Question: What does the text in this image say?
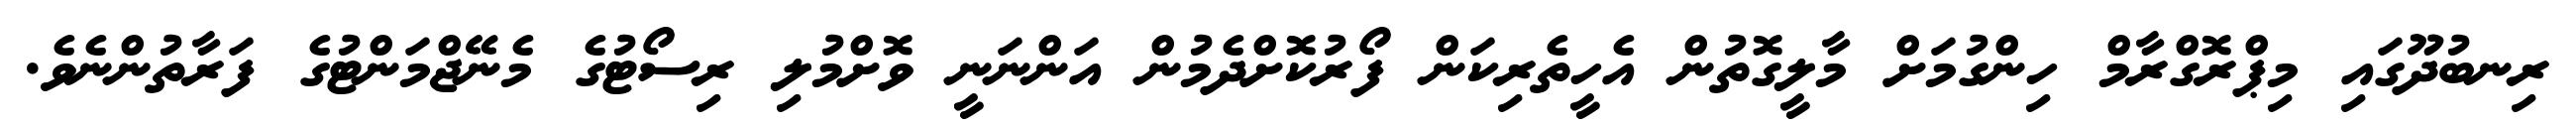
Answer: ރިނބުދޫގައި މިޕްރޮގްރާމް ހިންގުމަށް މާލީގޮތުން އެހީތެރިކަން ފޯރުކޮށްދެމުން އަންނަނީ ވޮށްމުލި ރިސޯޓުގެ މެނޭޖްމަންޓުގެ ފަރާތުންނެވެ.